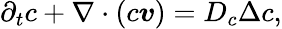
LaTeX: \partial_{t}c+\nabla\cdot(c\boldsymbol{v})=D_{c}\Delta c,